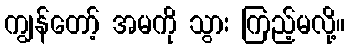
ကျွန်တော့် အမကို သွား ကြည့်မလို့။